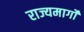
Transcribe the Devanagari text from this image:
राज्यमार्गों